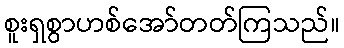
စူးရှစွာဟစ်အော်တတ်ကြသည်။